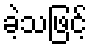
ခဲ့သဖြင့်